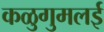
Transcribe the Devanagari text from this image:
कळुगुमलई